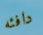
دافئه